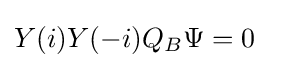
Y(i)Y(-i)Q_{B}\Psi =0\left.\right.\